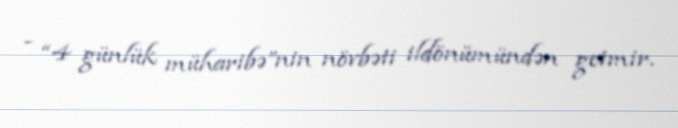
- “4 günlük müharibə”nin növbəti ildönümündən getmir.